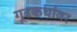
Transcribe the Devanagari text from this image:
गूढकथांवर